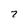
Character: 7